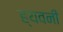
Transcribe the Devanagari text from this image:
ह्यवनी